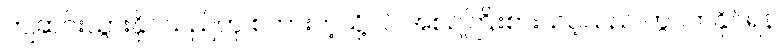
ကျဆင်းသွားနိုင်သည်ဟု စကားကဲ့သို့ပင် အစဉ်ကြိုးစားသင့်သည် ကွပ်ကဲနိုင်ရန်